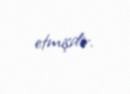
etmişdir.